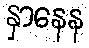
နှာနေန